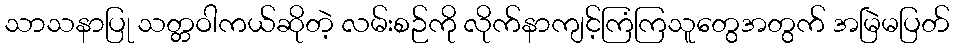
သာသနာပြု သတ္တဝါကယ်ဆိုတဲ့ လမ်းစဉ်ကို လိုက်နာကျင့်ကြံကြသူတွေအတွက် အမြဲမပြတ်